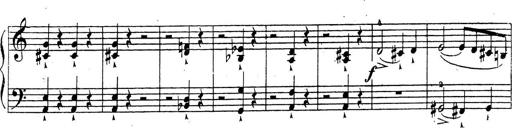
Title: 10 Sonatinas
Composer: Fritz Spindler